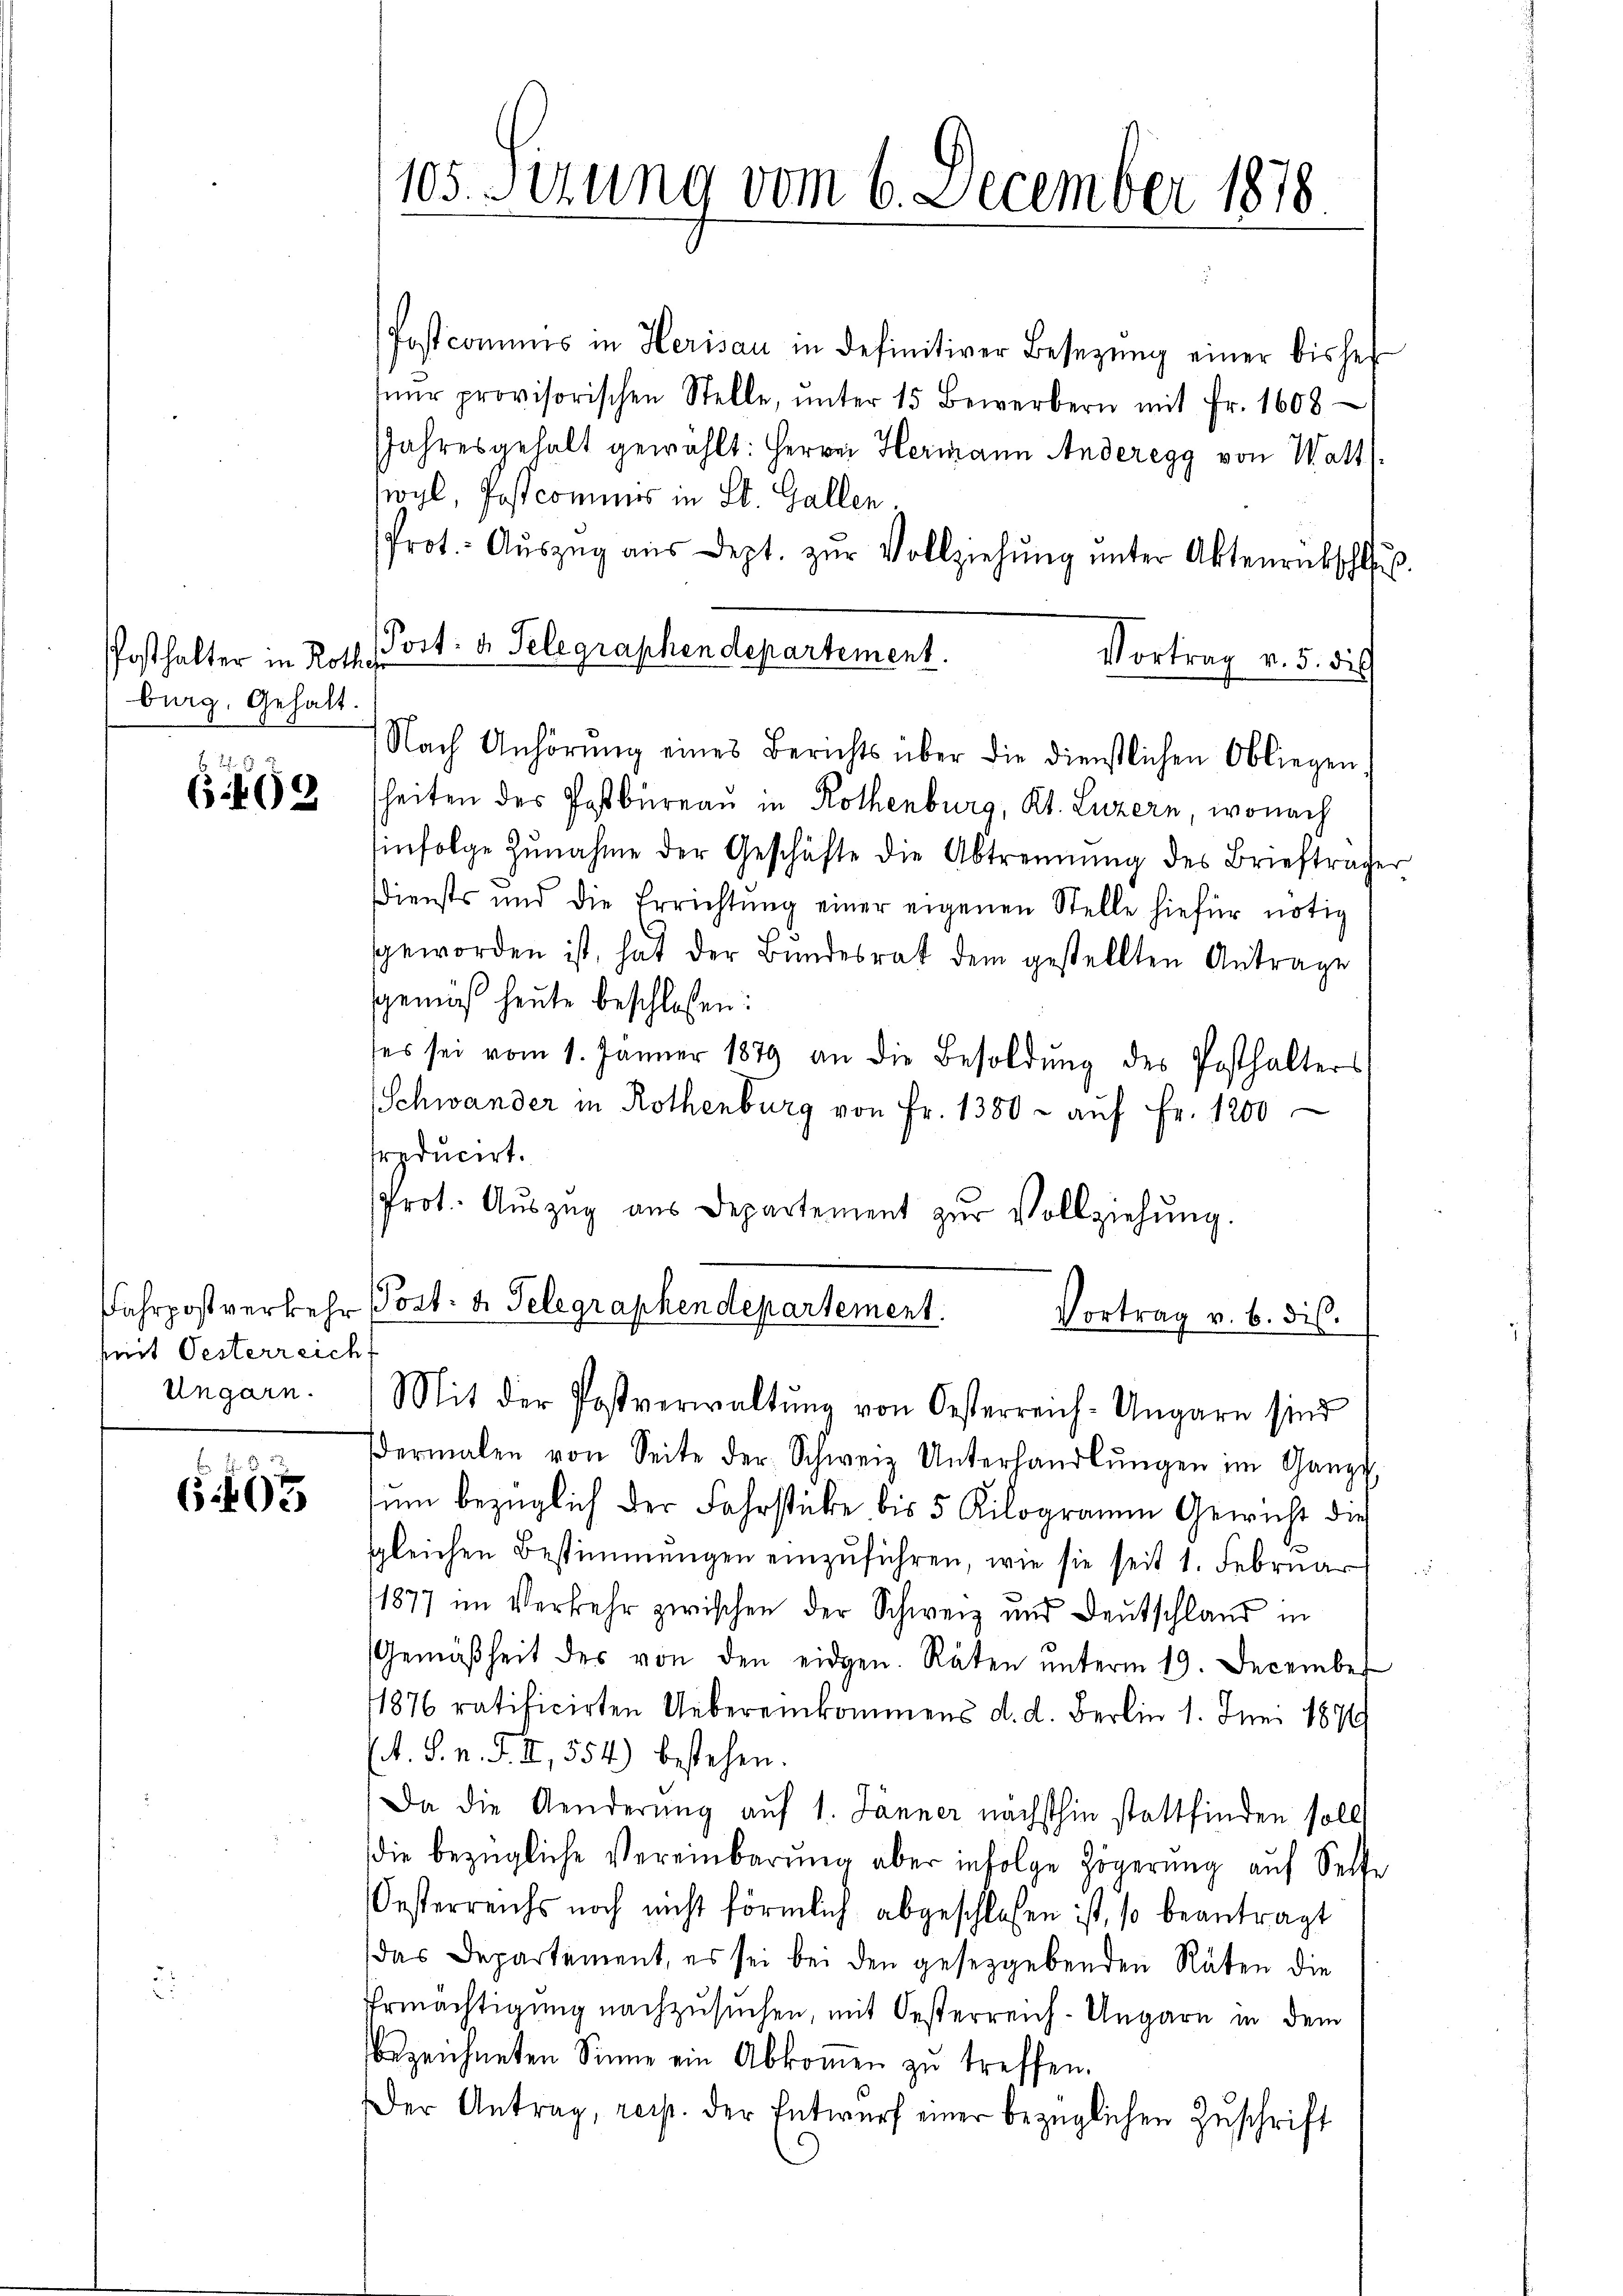
Posthalter in Rothes
burg. Gehalt.

69

Fahrpostverkehr
mit Oesterreich
Ungarn.

495

105. Sitzung vom 6. December 1878

Postcommis in Herisau in definitiver Besetzŭng einer bisher
ŭr provisorischen Stelle, ŭnter 15 Bewerbern mit Fr. 1608
Jahresgehalt gewählt: Herren Hermann Anderegg von Watt
soyl, Postcomines in St. Gallen.
Prot.- Aŭszŭg aŭs dept. zŭr Vollziehŭng ŭnter Aktenrückschlŭβ
Vortrag v. 5. die
Nach Anhörŭng eines Berichts über die dienstlichen Obliegen
heiten des Postbureau in Rothenburg, Kt. Luzern, wonach
infolge zŭnahme der Geschäfte die Abtrennung des Briefträger
Diensts und die Errichtŭng einer eigenen Stelle hiefür nötig
geworden ist, hat der Bundesrat dem gestellten Antrage
Gemäß heute beschlossen:
ses sei vom 1. Jänner 1879 an die Besoldŭng des Posthalters
Schwander in Rothenburg von Fr. 1380 - auf Fr. 1200
producirt.
Prot. Aŭszŭg aŭs Departement zŭr Vollziehŭng.
Post- u. Telegraphendepartement.
Vortrag v. b. dis.
Mit der Postverwaltŭng von Oesterreich-Ungarn sind
dermalen von Seite der Schweiz. Unterhandlŭngen im Ganze
um bezüglich der Fahrstücke bis 5 Kilogramm Gewicht dies
gleichen Bestimmungen einzŭführen, wie sie seit 1. Februar
11877 im Verkehr zwischen der Schweiz und Deutschland in
Gemäßheit des von den eidgen. Räten unterm 19. December
11876 ratificirten Uebereinkommens d. d. Berlin 1. Juni 1896
(. S. n. F. II, 554) bestehen.
Da die Aenderung auf 1. Jänner nächsthin stattfinden soll
die bezügliche Vereinbarung aber infolge Zögerung auf Seife
Oesterreichs noch nicht förmlich abgeschlossen ist, so beantragt
das Departement, es sei bei den gesetzgebenden Räten die
Ermächtigung nachzusuchen, mit Oesterreich-Ungarn in dem
bezeichneten Sinne ein Abkommen zŭ treffen.
Der Antrag, resp. der Entwurf einer bezüglichen Zuschrift

Port: d. Telegraphendepartement.